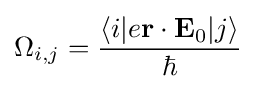
\Omega _{i,j}={\frac {\langle i|e\mathbf {r} \cdot \mathbf {E} _{0}|j\rangle }{\hbar }}